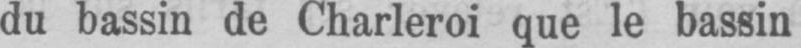
du bassin de Charleroi que le bassin